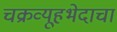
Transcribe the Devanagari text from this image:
चक्रव्यूहभेदाचा